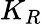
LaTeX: K_{R}